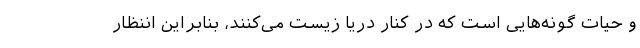
و حیات گونه‌هایی است که در کنار دریا زیست می‌کنند، بنابراین اننظار